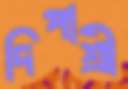
দিপাশ্রী